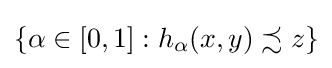
\{\alpha \in [0,1]:h_{\alpha }(x,y)\precsim z\}